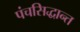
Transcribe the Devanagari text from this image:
पंचसिद्धान्त